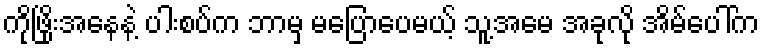
ကိုဖြိုးအနေနဲ့ ပါးစပ်က ဘာမှ မပြောပေမယ့် သူ့အမေ အခုလို အိမ်ပေါ်က